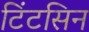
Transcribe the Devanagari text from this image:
टिंटसिन